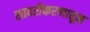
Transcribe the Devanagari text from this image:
सादरीकरणातून